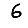
Digit: 6